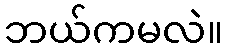
ဘယ်ကမလဲ။